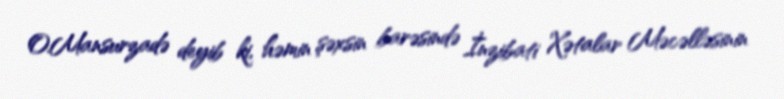
O.Mansurzadə deyib ki, həmin şəxsin barəsində İnzibati Xətalar Məcəlləsinin